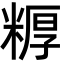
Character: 𬖦